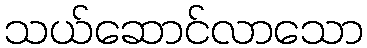
သယ်ဆောင်လာသော